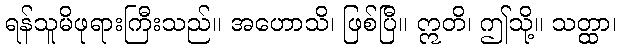
ရန်သူမိဖုရားကြီးသည်။ အဟောသိ၊ ဖြစ်ပြီ။ ဣတိ၊ ဤသို့။ သတ္ထာ၊